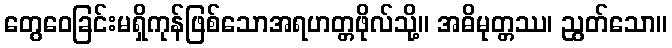
တွေဝေခြင်းမရှိကုန်ဖြစ်သောအရဟတ္တဖိုလ်သို့။ အဓိမုတ္တဿ၊ ညွတ်သော။